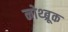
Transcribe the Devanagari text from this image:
नोथ्ब्रूक